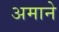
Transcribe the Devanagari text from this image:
अमाने